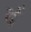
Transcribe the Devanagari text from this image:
र्द